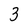
Character: 3